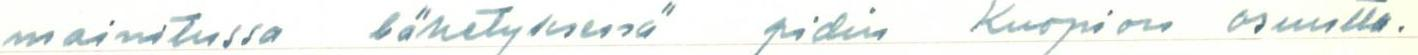
mainitussa lähetyksessä pidin Kuopion osuutta.